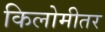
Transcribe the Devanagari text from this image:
किलोमीतर